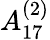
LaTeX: {A}_{17}^{(2)}